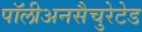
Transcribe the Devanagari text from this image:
पॉलीअनसैचुरेटेड